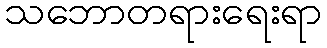
သဘောတရားရေးရာ